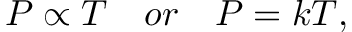
{ P } \propto { T } \quad o r \quad P = k T ,